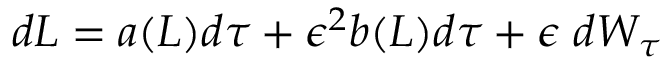
d L = a ( L ) d \tau + \epsilon ^ { 2 } b ( L ) d \tau + \epsilon \; d W _ { \tau }